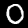
Digit: 0